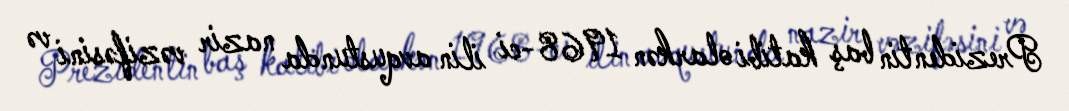
Prezidentin baş katibi olarkən 1968-ci ilin avqustunda nazir vəzifəsini və